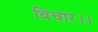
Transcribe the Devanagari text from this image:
विचार।।